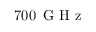
7 0 0 \ensuremath { \, \mathrm { ~ G ~ H ~ z ~ } }